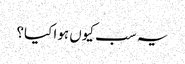
یہ سب کیوں ہوا کیا؟